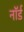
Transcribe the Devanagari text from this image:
नॉर्ड